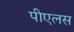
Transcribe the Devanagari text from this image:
पीएलस